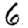
Digit: 6